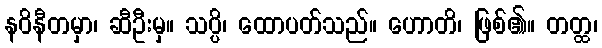
နဝိနီတမှာ၊ ဆီဦးမှ။ သပ္ပိ၊ ထောပတ်သည်။ ဟောတိ၊ ဖြစ်၏။ တတ္ထ၊